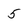
Character: 5